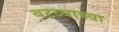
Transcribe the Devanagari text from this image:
बटव्याच्या